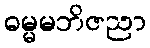
ဓမ္မမဘိဇညာ